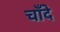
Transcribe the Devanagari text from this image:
चाँदे